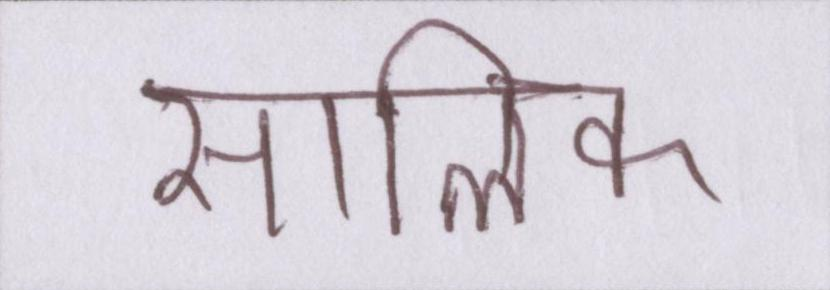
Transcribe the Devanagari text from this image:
सालिक